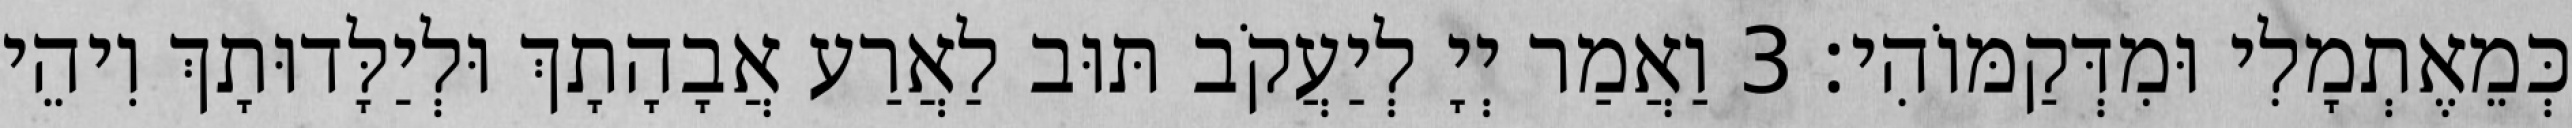
כְּמֵאֶתְמָלִי וּמִדְּקַמּוֹהִי׃ 3 וַאֲמַר יְיָ לְיַעֲקֹב תּוּב לַאֲרַע אֲבָהָתָךְ וּלְיַלָּדוּתָךְ וִיהֵי